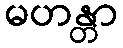
မဟန္တာ